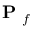
\mathrm { ~ \bf ~ P ~ } _ { f }